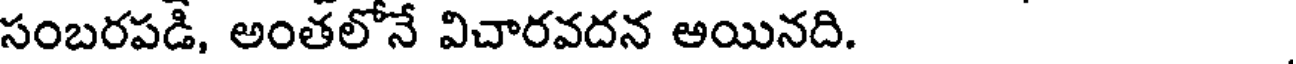
సంబరపడి, అంతలోనే విచారవదన అయినది.